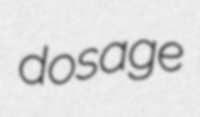
dosage